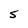
Character: S